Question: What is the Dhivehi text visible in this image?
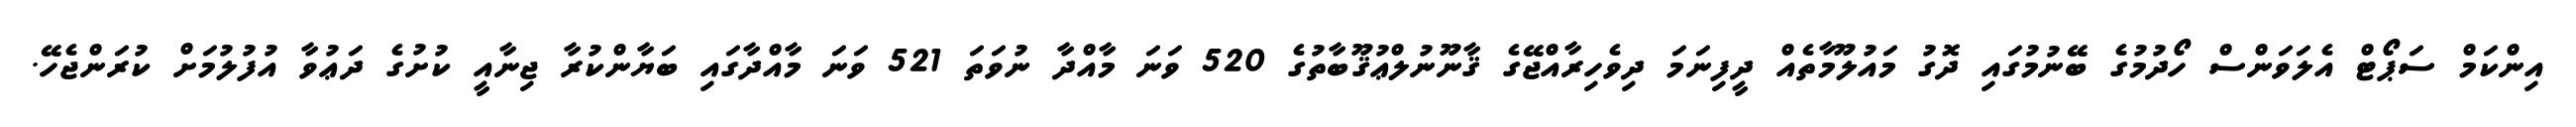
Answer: އިންކަމް ސަޕޯޓް އެލަވަންސް ހޯދުމުގެ ބޭނުމުގައި ދޮގު މައުލޫމާތެއް ދީފިނަމަ ދިވެހިރާއްޖޭގެ ޤާނޫނުލްޢުޤޫބާތުގެ 520 ވަނަ މާއްދާ ނުވަތަ 521 ވަނަ މާއްދާގައި ބަޔާންކުރާ ޖިނާއީ ކުށުގެ ދަޢުވާ އުފުލުމަށް ކުރަންޖެހޭ.